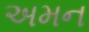
અમન